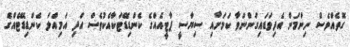
ގޮތެއްވެސް ނިންމަން އެދިވަޑައިގަންނަވާ ކަމަށާއި ސިޔާސީ ޕާޓީއެއްގެ ކެންޑިޑޭޓަކާއެކުވެސް އަދި އަމިއްލަ ކެންޑިޑޭޓެއްގެ